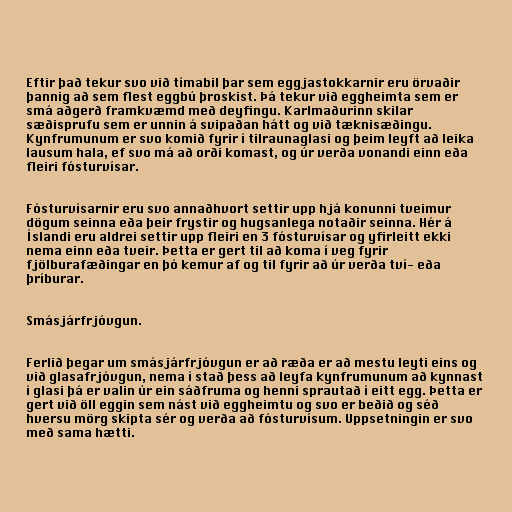
Eftir það tekur svo við tímabil þar sem eggjastokkarnir eru örvaðir
þannig að sem flest eggbú þroskist. Þá tekur við eggheimta sem er
smá aðgerð framkvæmd með deyfingu. Karlmaðurinn skilar
sæðisprufu sem er unnin á svipaðan hátt og við tæknisæðingu.
Kynfrumunum er svo komið fyrir í tilraunaglasi og þeim leyft að leika
lausum hala, ef svo má að orði komast, og úr verða vonandi einn eða
fleiri fósturvísar.

Fósturvísarnir eru svo annaðhvort settir upp hjá konunni tveimur
dögum seinna eða þeir frystir og hugsanlega notaðir seinna. Hér á
Íslandi eru aldrei settir upp fleiri en 3 fósturvísar og yfirleitt ekki
nema einn eða tveir. Þetta er gert til að koma í veg fyrir
fjölburafæðingar en þó kemur af og til fyrir að úr verða tví- eða
þríburar.

Smásjárfrjóvgun.

Ferlið þegar um smásjárfrjóvgun er að ræða er að mestu leyti eins og
við glasafrjóvgun, nema í stað þess að leyfa kynfrumunum að kynnast
í glasi þá er valin úr ein sáðfruma og henni sprautað í eitt egg. Þetta er
gert við öll eggin sem nást við eggheimtu og svo er beðið og séð
hversu mörg skipta sér og verða að fósturvísum. Uppsetningin er svo
með sama hætti.